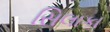
સિલાકા